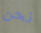
نحن